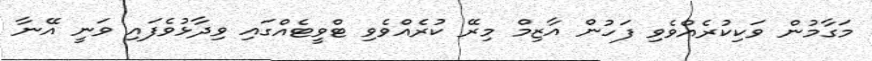
މަގާމުން ވަކިކުރެއްވެވި ފަހުން އާޒިމް މިރޭ ކުރެއްވެވި ޓްވީޓެއްގައި ވިދާޅުވެފައި ވަނީ އޭނާ